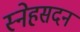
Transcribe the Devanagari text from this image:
स्नेहसदन